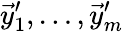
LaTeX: \vec{y}_{1}^{\prime},\dots,\vec{y}_{m}^{\prime}